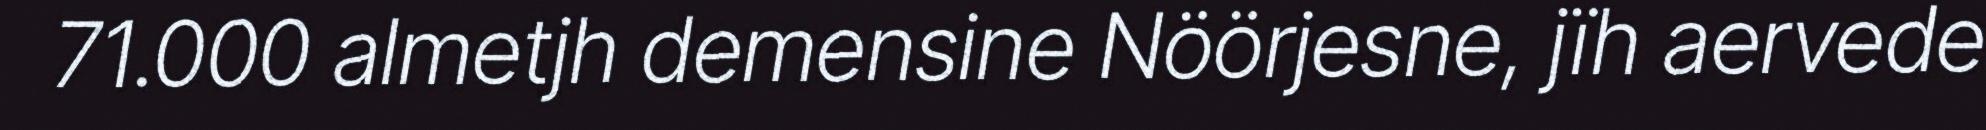
71.000 almetjh demensine Nöörjesne, jïh aervede